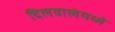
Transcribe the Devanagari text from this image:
दिलवालेमध्ये